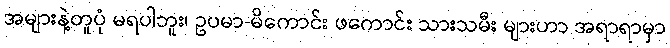
အများနဲ့တူပုံ မရပါဘူး၊ ဥပမာ-မိကောင်း ဖကောင်း သားသမီး များဟာ အရာရာမှာ